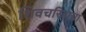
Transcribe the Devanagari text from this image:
शिवचरित्राचा